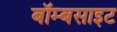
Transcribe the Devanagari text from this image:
बॉम्बसाइट